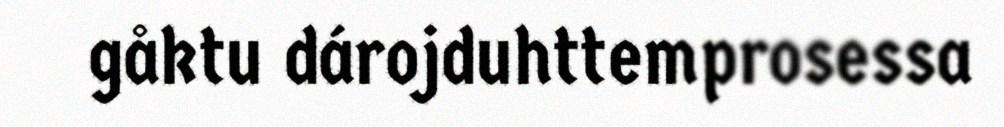
gåktu dárojduhttemprosessa